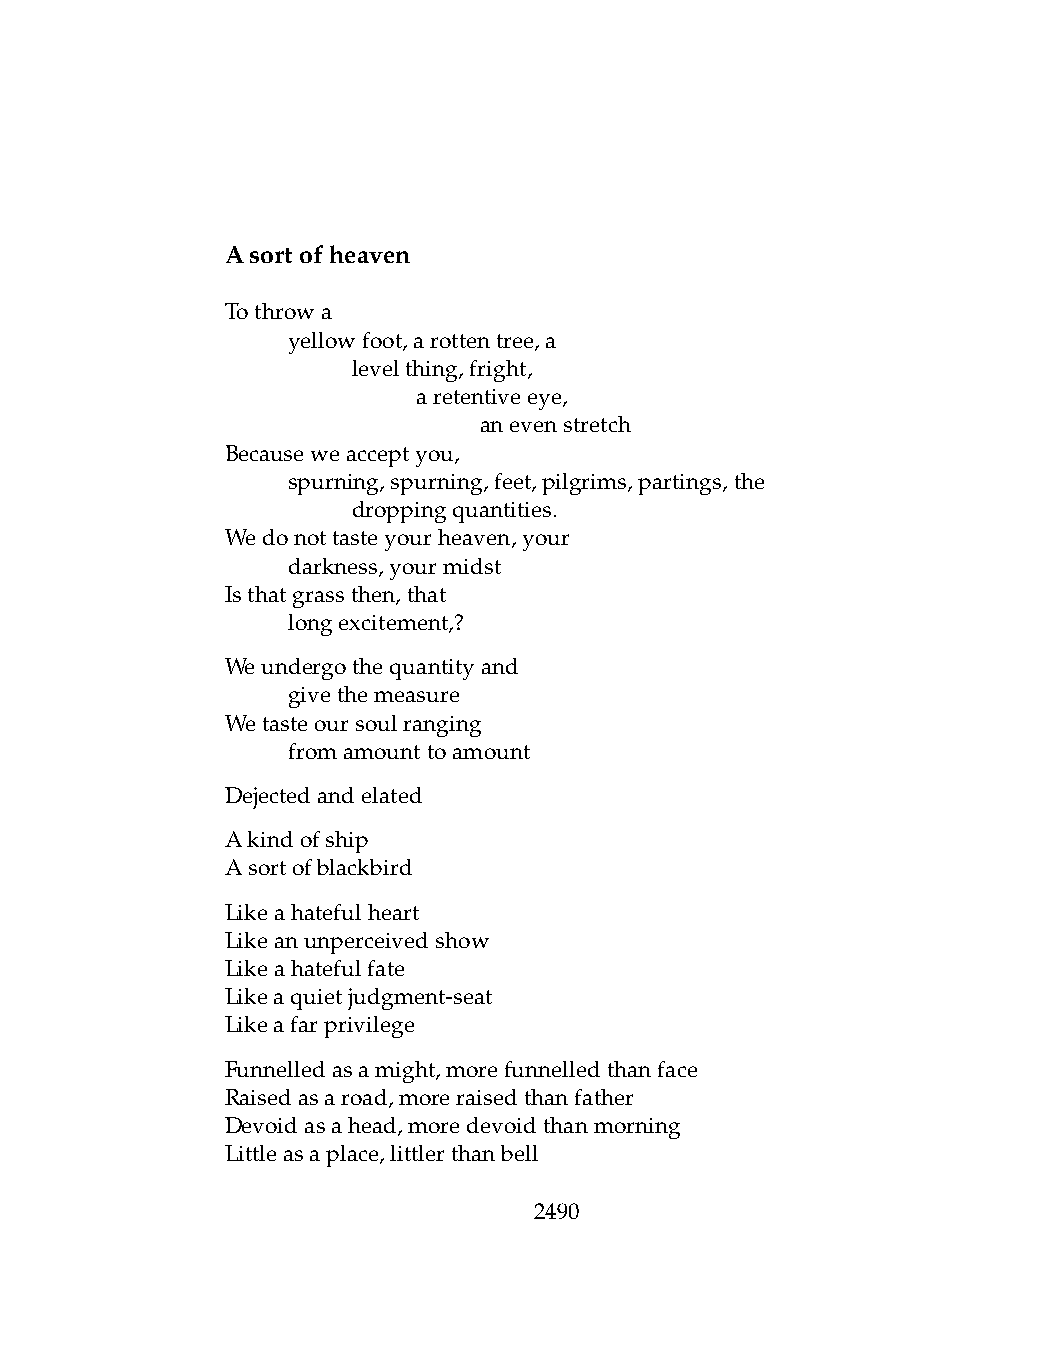
Asortofheaven
 Tothrowa
 .   yellowfoot,arottentree,a
 .   .   levelthing,fright,
 .   .   .    aretentiveeye,
 .   .   .    .   anevenstretch
 Becauseweacceptyou,
 .   spurning,spurning,feet,pilgrims,partings,the
 .   .   droppingquantities.
 Wedonottasteyourheaven,your
 .   darkness,yourmidst
 Isthatgrassthen,that
 .   longexcitement,?
 Weundergothequantityand
 .   givethemeasure
 Wetasteoursoulranging
 .   fromamounttoamount
 Dejectedandelated
 Akindofship
 Asortofblackbird
 Likeahatefulheart
 Likeanunperceivedshow
 Likeahatefulfate
 Likeaquietjudgment-seat
 Likeafarprivilege
 Funnelledasamight,morefunnelledthanface
 Raisedasaroad,moreraisedthanfather
 Devoidasahead,moredevoidthanmorning
 Littleasaplace,littlerthanbell
 2490